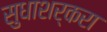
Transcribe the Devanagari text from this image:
सुधाशर्करा